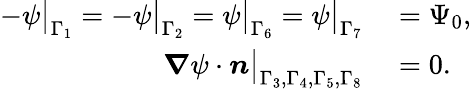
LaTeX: \begin{array}{rl}{-\psi\big|_{\Gamma_{1}}=-\psi\big|_{\Gamma_{2}}=\psi\big|_{\Gamma_{6}}=\psi\big|_{\Gamma_{7}}}&{{}=\Psi_{0},}\\ {\boldsymbol{\nabla}\psi\cdot\boldsymbol{n}\big|_{\Gamma_{3},\Gamma_{4},\Gamma_{5},\Gamma_{8}}}&{{}=0.}\end{array}